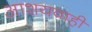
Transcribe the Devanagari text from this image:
आशयवाही